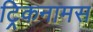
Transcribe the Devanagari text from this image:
ट्रिकनामस